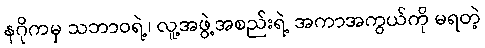
နဂိုကမှ သဘာဝရဲ့၊ လူ့အဖွဲ့အစည်းရဲ့ အကာအကွယ်ကို မရတဲ့